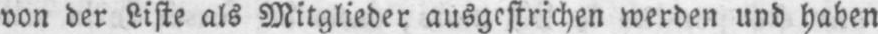
von der Liste als Mitglieder ausgestrichen werden und haben